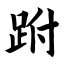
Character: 跗